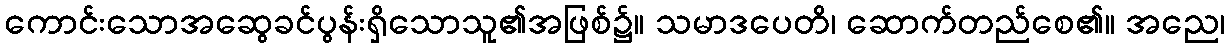
ကောင်းသောအဆွေခင်ပွန်းရှိသောသူ၏အဖြစ်၌။ သမာဒပေတိ၊ ဆောက်တည်စေ၏။ အညေ၊